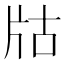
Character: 𤖲